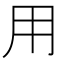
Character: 用